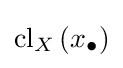
{\textstyle \operatorname {cl} _{X}\left(x_{\bullet }\right)}